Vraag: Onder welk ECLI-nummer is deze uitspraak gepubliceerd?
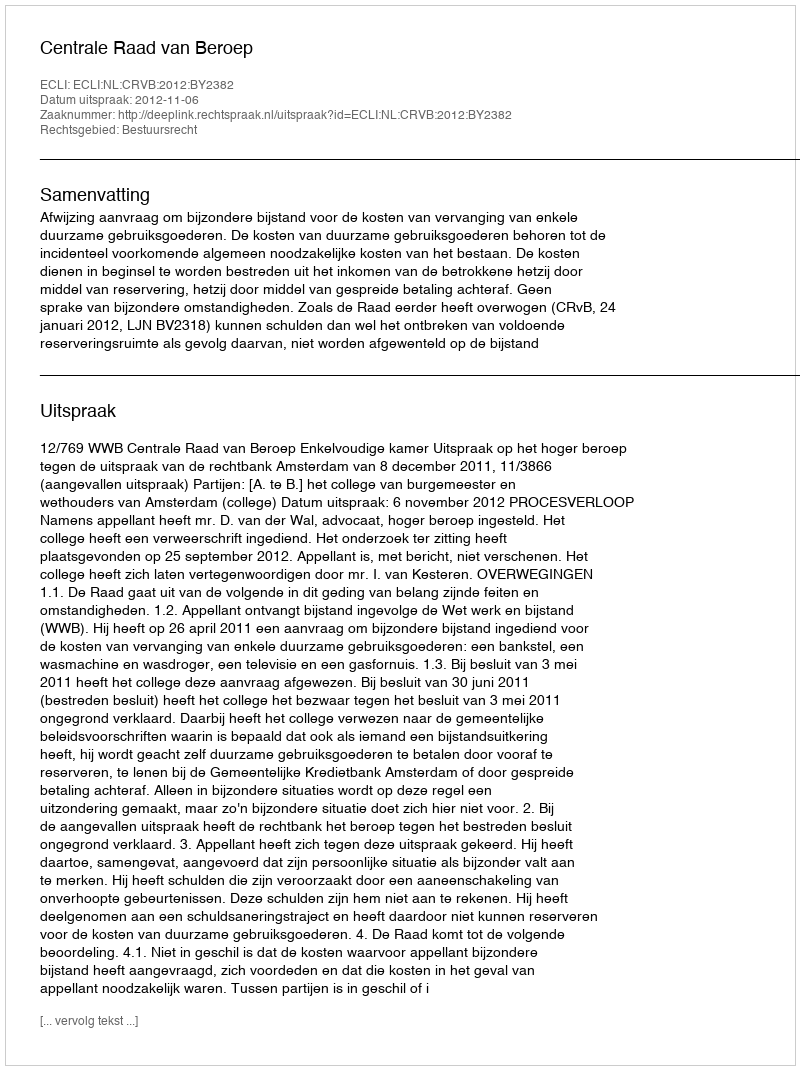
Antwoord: ECLI:NL:CRVB:2012:BY2382